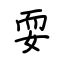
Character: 耍